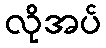
လိုအပ်